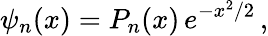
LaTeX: \psi_{n}(x)=P_{n}(x)\, e^{-x^{2}/2}\, ,